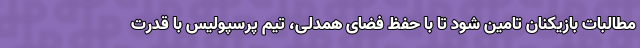
مطالبات بازیکنان تامین شود تا با حفظ فضای همدلی، تیم پرسپولیس با قدرت